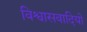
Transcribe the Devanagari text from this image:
विश्वासवादियों